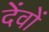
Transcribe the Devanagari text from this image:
देंवों